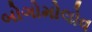
બોગોમોલોવ